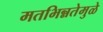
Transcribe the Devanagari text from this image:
मतभिन्नतेमुळे